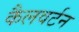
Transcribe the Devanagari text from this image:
कैलवर्टन